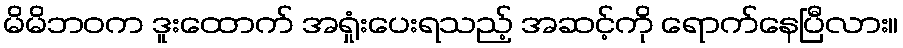
မိမိဘဝက ဒူးထောက် အရှုံးပေးရသည့် အဆင့်ကို ရောက်နေပြီလား။